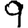
Digit: 9